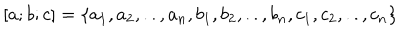
LaTeX: [ a ; b ; c ] = \{ a _ { 1 } , a _ { 2 } , . . , a _ { n } , b _ { 1 } , b _ { 2 } , . . , b _ { n } , c _ { 1 } , c _ { 2 } , . . , c _ { n } \}